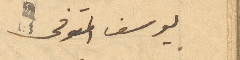
يوسف المتوفى